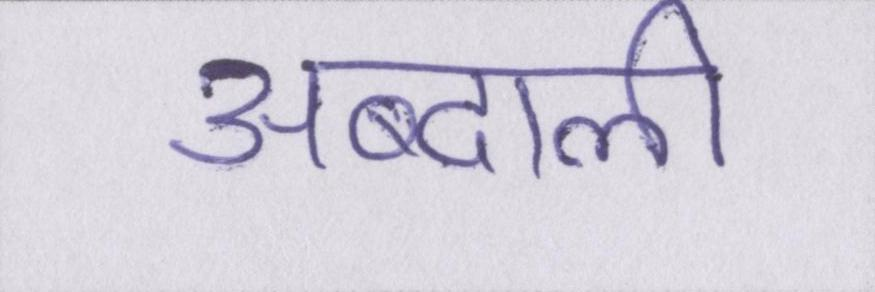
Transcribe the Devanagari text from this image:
अब्दाली